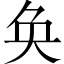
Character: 奂